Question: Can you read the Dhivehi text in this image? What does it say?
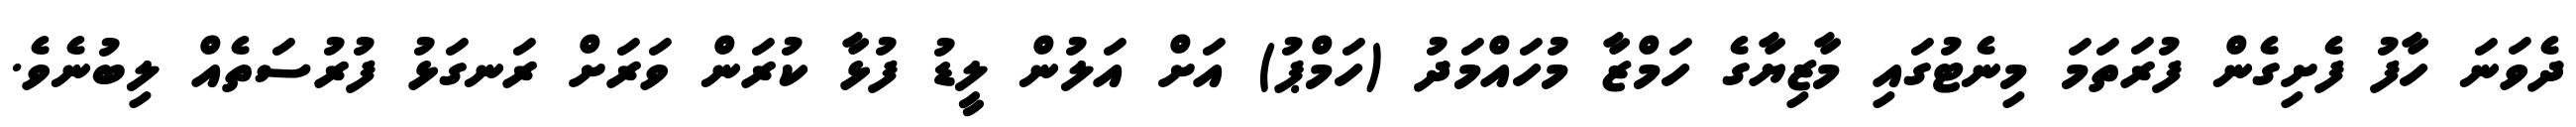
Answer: ދެވަނަ ހާފު ފެށިގެން ފުރަތަމަ މިނެޓުގައި މާޒިޔާގެ ހަމްޒާ މުހައްމަދު (ހަމްޕު) އަށް އަލުން ލީޑު ފުޅާ ކުރަން ވަރަށް ރަނގަޅު ފުރުސަތެއް ލިބުނެވެ.